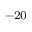
^ { - 2 0 }